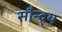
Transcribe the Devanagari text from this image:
सौन्द्र्य